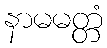
နာမမတ္တံ